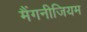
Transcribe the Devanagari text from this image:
मैंगनीजियम